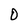
Character: D